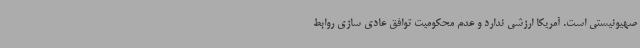
صهیونیستی است. آمریکا ارزشی ندارد و عدم محکومیت توافق عادی سازی روابط